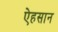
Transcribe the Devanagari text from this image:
ऐहसान